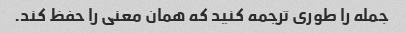
جمله را طوری ترجمه کنید که همان معنی را حفظ کند.